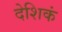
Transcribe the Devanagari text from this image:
देशिकं